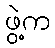
ဖွဲ့က